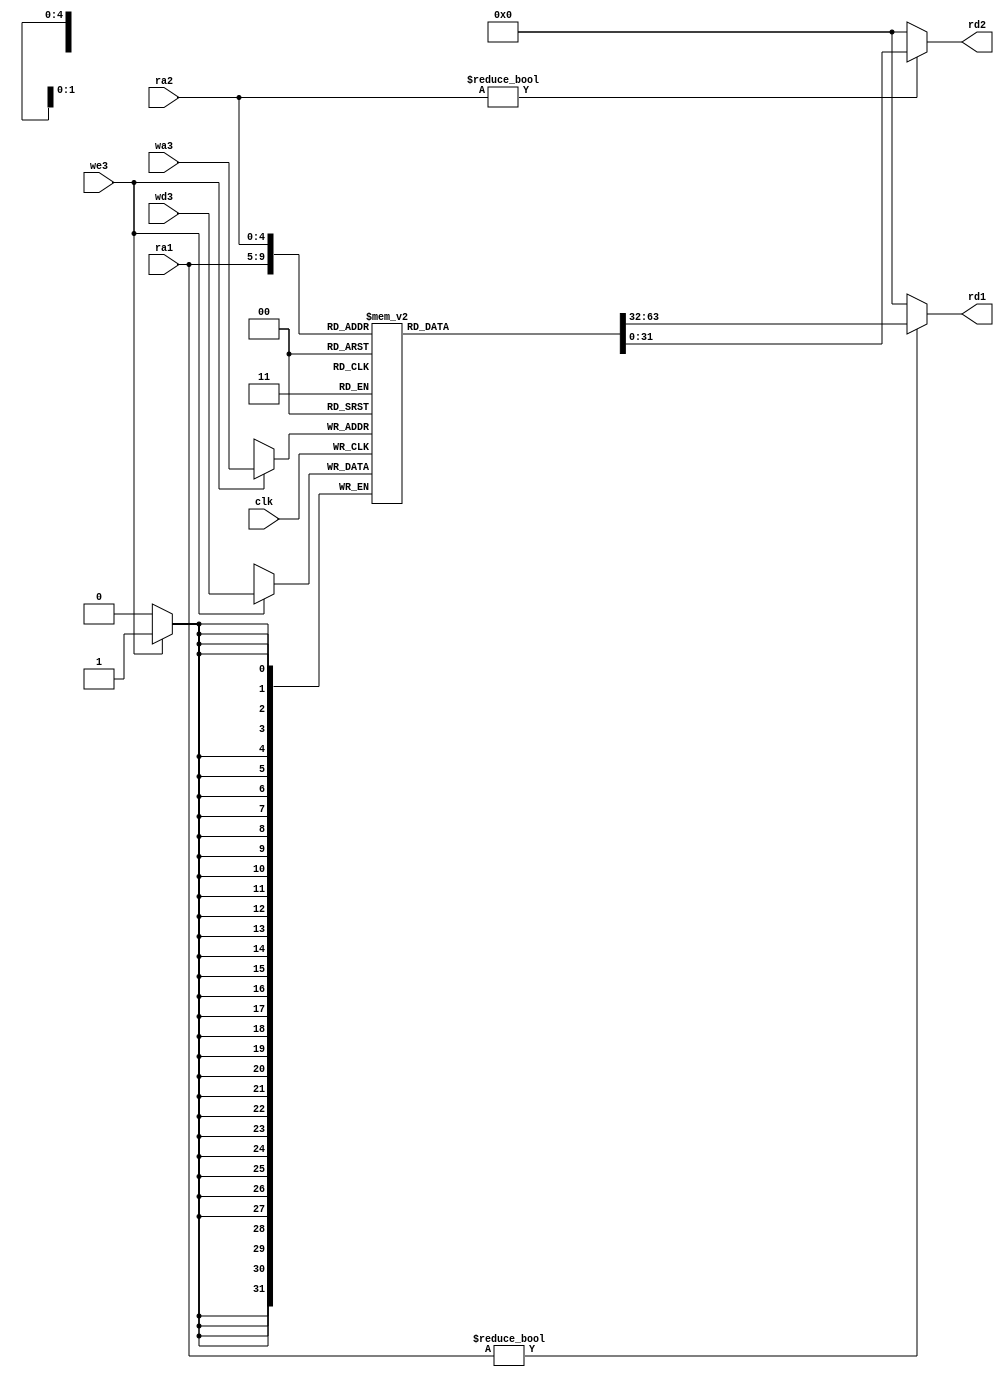
module regfile(input        clk, 
               input          we3, 
               input   [4:0]  ra1, ra2, wa3, 
               input   [31:0] wd3, 
               output  [31:0] rd1, rd2);

  reg [31:0] rf_int[31:0];


  always @(posedge clk)
    if (we3) rf_int[wa3] <= wd3;	

  assign rd1 = (ra1 != 0) ? rf_int[ra1] : 0;
  assign rd2 = (ra2 != 0) ? rf_int[ra2] : 0;
endmodule


module regfile_float(clk,regwrite_float,ra1,ra2,wa3,wd3,rd1,rd2);
input clk,regwrite_float;
input [4:0] ra1,ra2,wa3;
input [31:0] wd3;
output [31:0] rd1,rd2; 

reg [31:0] rf_float [0:31];

initial
  begin
      $readmemb("variables_float.txt",rf_float);  
end

always@(posedge clk)
if ( regwrite_float) begin
  rf_float[wa3] <= wd3;
end

assign rd1 = (ra1 != 0) ? rf_float[ra1] :0;
assign rd2 = (ra2 != 0) ? rf_float[ra2] : 0;
endmodule



module adder(input  [31:0] a, b,
             output [31:0] y);

  assign y = a + b;
endmodule


module sl2(input  [31:0] a,
           output [31:0] y);

  // shift left by 2
  assign y = {a[29:0], 2'b00};
endmodule

module signext(input  [15:0] a,
               output [31:0] y);
              
  assign y = {{16{a[15]}}, a};
endmodule



module flopr #(parameter WIDTH = 8)
              (input            clk, reset,
               input  [WIDTH-1:0] d, 
               output reg  [WIDTH-1:0] q);

  always@(posedge clk, posedge reset)
    if (reset) q <= 0;
    else       q <= d;
endmodule





module flopenr #(parameter WIDTH = 8)
                (input               clk, reset,
                 input               en,
                 input   [WIDTH-1:0] d, 
                 output reg [WIDTH-1:0] q);
 
  always@(posedge clk, posedge reset)
    if      (reset) q <= 0;
    else if (en)    q <= d;
endmodule




module mux2 #(parameter WIDTH = 8)
             (input  [WIDTH-1:0] d0, d1, 
              input   s, 
              output  [WIDTH-1:0] y);

  assign y = s ? d1 : d0; 
endmodule






module mux3 #(parameter WIDTH = 8)
             (input [WIDTH-1:0] d0, d1, d2,
              input [1:0]       s, 
              output [WIDTH-1:0] y);

  assign #1 y = s[1] ? d2 : (s[0] ? d1 : d0); 
endmodule





module mux4 #(parameter WIDTH = 8)
             (input   [WIDTH-1:0] d0, d1, d2, d3,
              input   [1:0]       s, 
              output  reg [WIDTH-1:0] y);

   always @(*)
      case(s)
         2'b00: y <= d0;
         2'b01: y <= d1;
         2'b10: y <= d2;
         2'b11: y <= d3;
      endcase
endmodule